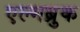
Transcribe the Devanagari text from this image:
एल्मब्रुक